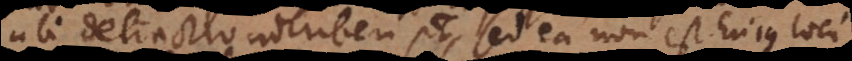
ubi detractio adhiberi potest, sed ea non est hujus loci.